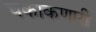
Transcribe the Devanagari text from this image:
चकाकणारी